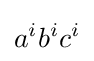
a^{i}b^{i}c^{i}